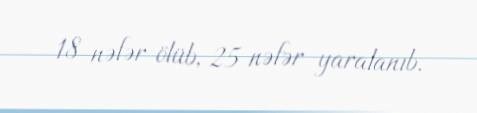
18 nəfər ölüb, 25 nəfər yaralanıb.